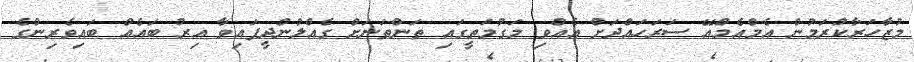
މުޒާހަރާކުރަމުން އެމްއެމްއޭ ސަރަހައްދަށް އެއްވި މަގުމަތީގައި ތަންތަނަށް ގެއްލުންދީފައިވާ އިރު ބައެއް ބައިވެރިންގެ